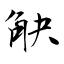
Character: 觖